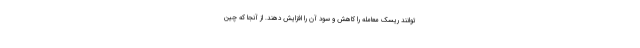
‌توانند ریسک معامله را کاهش و سود آن را افزایش دهند. از آنجا که چین